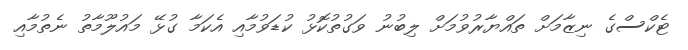
ޓެކްސްގެ ނިޒާމަށް ތައްޔާރުވުމަށް ލިބުނު ވަގުތުކޮޅު ކުޑަވުމާއި އެކަމާ ގުޅޭ މައުލޫމާތު ނެތުމާއި